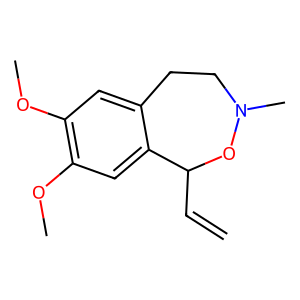
SMILES: C=CC1ON(C)CCc2cc(OC)c(OC)cc21
Inhibits HIV replication: No